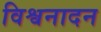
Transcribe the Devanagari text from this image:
विश्वनादन